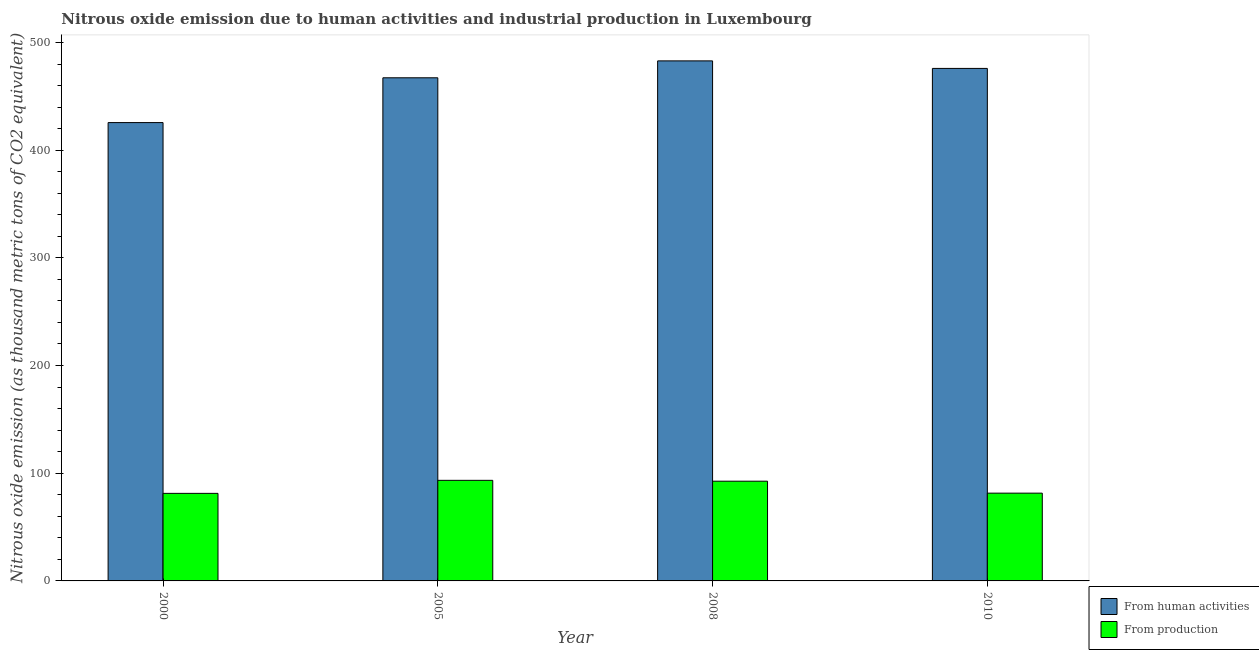
| Year | From human activities | From production |
 | --- | --- | --- |
 | 2000 | 426 | 81.3 |
 | 2005 | 467 | 93.4 |
 | 2008 | 483 | 92.6 |
 | 2010 | 476 | 81.5 |